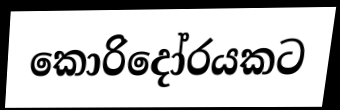
කොරිදෝරයකට